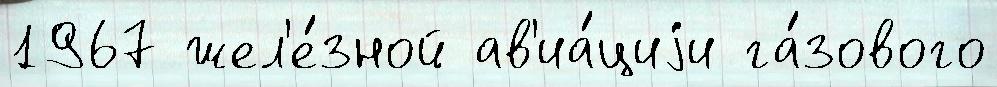
1967 жел'е́зной ав'иа́циjи га́зового